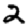
Digit: 2